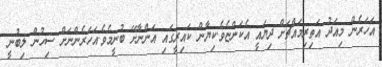
އަހަރެން މިއަދު އަތިރިމައްޗަށް ދިޔައީ އެކަންޏެވެ.ކިޔާން ކައިރީގައި އަންނާށޭ ބުނީމެވެ.އަހަރެންނަށް ސިހުން ލިބުނީ